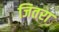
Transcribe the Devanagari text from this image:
जितरा